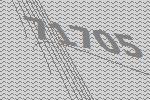
71705